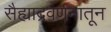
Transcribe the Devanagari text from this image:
सैह्याद्रवर्णनातून